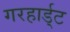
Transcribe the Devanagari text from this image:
गरहार्ड्‌ट